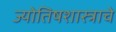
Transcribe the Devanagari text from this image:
ज्योतिषशास्त्राचे